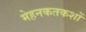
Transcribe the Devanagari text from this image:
मेहनकतकशों